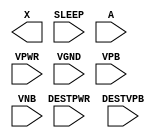
module sky130_fd_sc_lp__lsbufiso0p (
    X      ,
    SLEEP  ,
    A      ,
    DESTPWR,
    VPWR   ,
    VGND   ,
    DESTVPB,
    VPB    ,
    VNB
);

    output X      ;
    input  SLEEP  ;
    input  A      ;
    input  DESTPWR;
    input  VPWR   ;
    input  VGND   ;
    input  DESTVPB;
    input  VPB    ;
    input  VNB    ;
endmodule